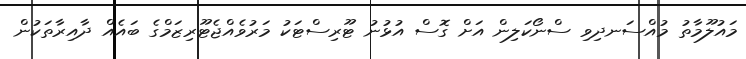
މައުލޫމާތު މުއްސަނދިވި ސްނޯކަލިން އަށް ގޮސް އުޅުނު ޓޫރިސްޓަކު މަރުވެއްޖެޓޫރިޒަމްގެ ބައެއް ދާއިރާތަކުން